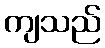
ကျသည်